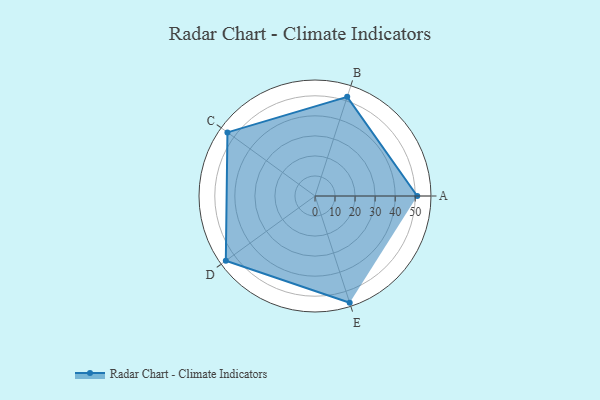
{"axis": {"x": "Skill", "y": "Score"}, "legend": ["Profile"], "data": [{"x": "A", "y": 51.0, "type": "Profile"}, {"x": "B", "y": 52.0, "type": "Profile"}, {"x": "C", "y": 54.0, "type": "Profile"}, {"x": "D", "y": 55.0, "type": "Profile"}, {"x": "E", "y": 56.0, "type": "Profile"}]}